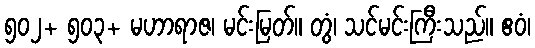
၅၀၂+ ၅၀၃+ မဟာရာဇ၊ မင်းမြတ်။ တွံ၊ သင်မင်းကြီးသည်။ ဧဝံ၊